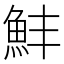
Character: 䰷